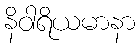
နိဝါရိယမာနာ